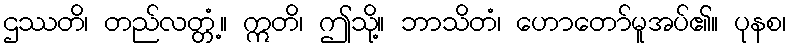
ဌဿတိ၊ တည်လတ္တံ့။ ဣတိ၊ ဤသို့။ ဘာသိတံ၊ ဟောတော်မူအပ်၏။ ပုနစ၊